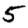
Digit: 5